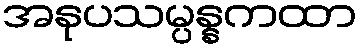
အနုပသမ္ပန္နကထာ